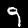
Label: 9